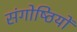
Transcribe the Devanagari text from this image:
संगोष्‍ठियों